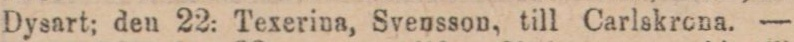
Dysart; den 22: Texerina, Svensson, till Carlskrona. —